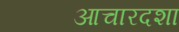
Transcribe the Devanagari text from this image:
आचारदशा